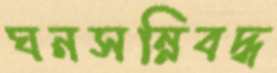
ঘনসন্নিবদ্ধ